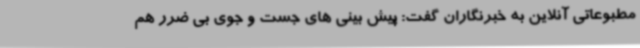
مطبوعاتی آنلاین به خبرنگاران گفت: پیش بینی های جست و جوی بی ضرر هم